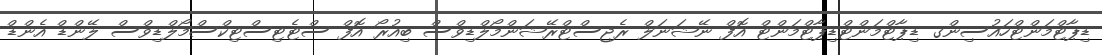
ޑިޕާޓްމަންޓްހައުސިންގ ޑިޕާޓްމަންޓްޑިޕާޓްމަންޓް އޮފް ނޭޝަނަލް ރެޖިސްޓްރޭޝަންމޯލްޑިވްސް ބިއުރޯ އޮފް ސްޓެޓިސްޓިކްސްމޯލްޑިވްސް ލޭންޑް އެންޑް